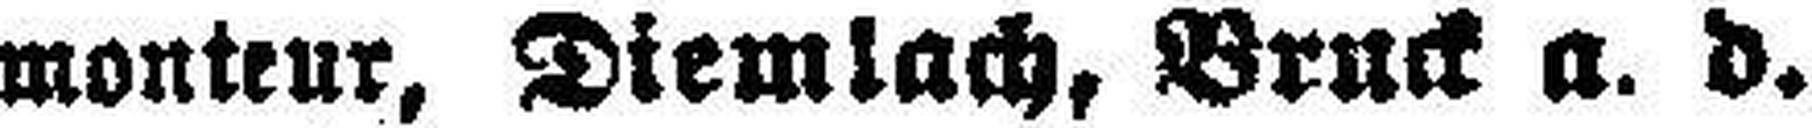
monteur, Diemlach, Bruck a. d.